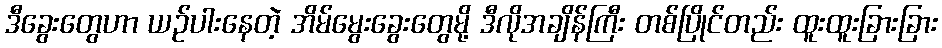
ဒီခွေးတွေဟာ ယဉ်ပါးနေတဲ့ အိမ်မွေးခွေးတွေမို့ ဒီလိုအချိန်ကြီး တစ်ပြိုင်တည်း ထူးထူးခြားခြား